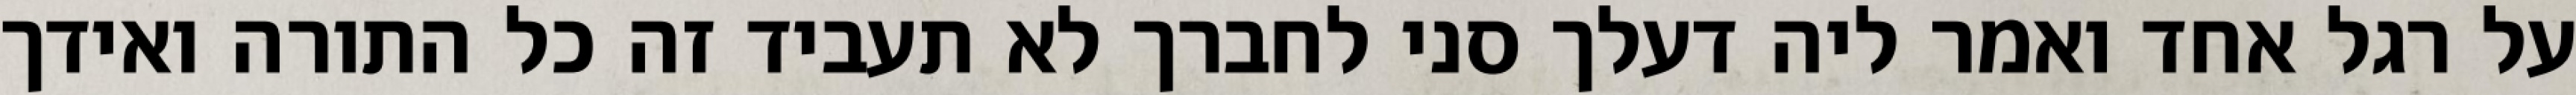
על רגל אחד ואמר ליה דעלך סני לחברך לא תעביד זה כל התורה ואידך